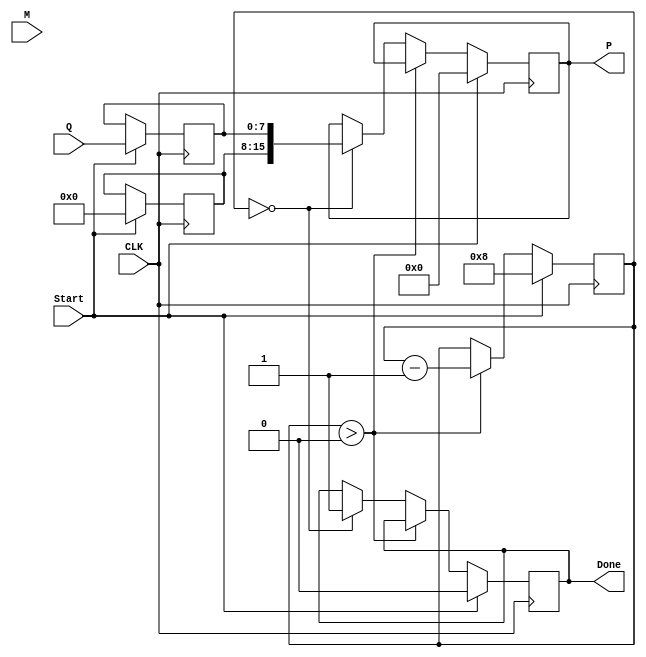
module BoothMultiplier (
    input  wire [n-1:0] M,     // Multiplicand
    input  wire [n-1:0] Q,     // Multiplier
    input  wire Start,         // Start signal
    input  wire CLK,           // Clock signal
    output reg [2*n-1:0] P,    // Product
    output reg Done            // Finished signal
);
    parameter n = 8; // Bit width, can be adjusted

    reg [n-1:0] A;       // A register
    reg [n-1:0] Q_reg;   // Q register
    reg Q1;              // Q-1 register
    reg [3:0] count;     // Count for the number of iterations

    // State machine to perform Booth multiplication
    always @(posedge CLK) begin
        if (Start) begin
            // Initialize registers and signals
            A <= 0;
            Q_reg <= Q;
            Q1 <= 0;
            P <= 0;
            count <= n;           // Set the counter to n
            Done <= 0;           // Reset Done
        end else if (count > 0) begin
            case ({Q_reg[0], Q1}) // Check Q0 and Q-1
                2'b00: begin
                    // Do nothing (shift)
                end
                2'b01: begin
                    // Add multiplicand M to A
                    A <= A + M;
                end
                2'b10: begin
                    // Subtract multiplicand M from A
                    A <= A - M;
                end
                2'b11: begin
                    // Do nothing (shift)
                end
            endcase
            
            // Shift right A and Q_reg
            {A, Q_reg} <= {A[n-1], A, Q_reg}; // Shift right with sign extension
            Q1 <= Q_reg[0]; // Store current LSB of Q as Q-1
            
            count <= count - 1; // Decrement counter
        end else if (count == 0) begin
            P <= {A, Q_reg}; // Concatenate A and Q to form the product result
            Done <= 1; // Set Done signal high
        end
    end

endmodule